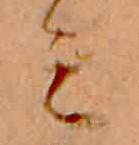
ミ